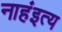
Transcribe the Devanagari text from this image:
नाहंइत्य